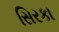
સિરકા